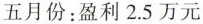
五月份：盈利2.5万元